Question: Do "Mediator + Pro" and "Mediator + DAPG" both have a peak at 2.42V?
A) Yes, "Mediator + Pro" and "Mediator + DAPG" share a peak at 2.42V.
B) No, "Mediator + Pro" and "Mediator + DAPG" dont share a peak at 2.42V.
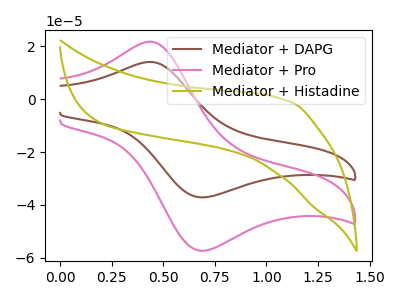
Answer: <think>The brown curve "Mediator + DAPG" has an anodic peak at (0.45V, 14.10uA) and a cathodic peak at (0.70V, -37.10uA). The pink curve "Mediator + Pro" has an anodic peak at (0.45V, 21.75uA) and a cathodic peak at (0.70V, -57.25uA). The olive curve "Mediator + Histadine" has no peaks.</think>
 <answer>B) No, "Mediator + Pro" and "Mediator + DAPG" dont share a peak at 2.42V.</answer>
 <eval>B</eval>